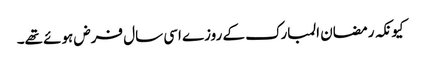
کیونکہ رمضان المبارک کے روزے اسی سال فرض ہوئے تھے۔